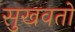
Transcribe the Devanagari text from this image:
सुखवतो